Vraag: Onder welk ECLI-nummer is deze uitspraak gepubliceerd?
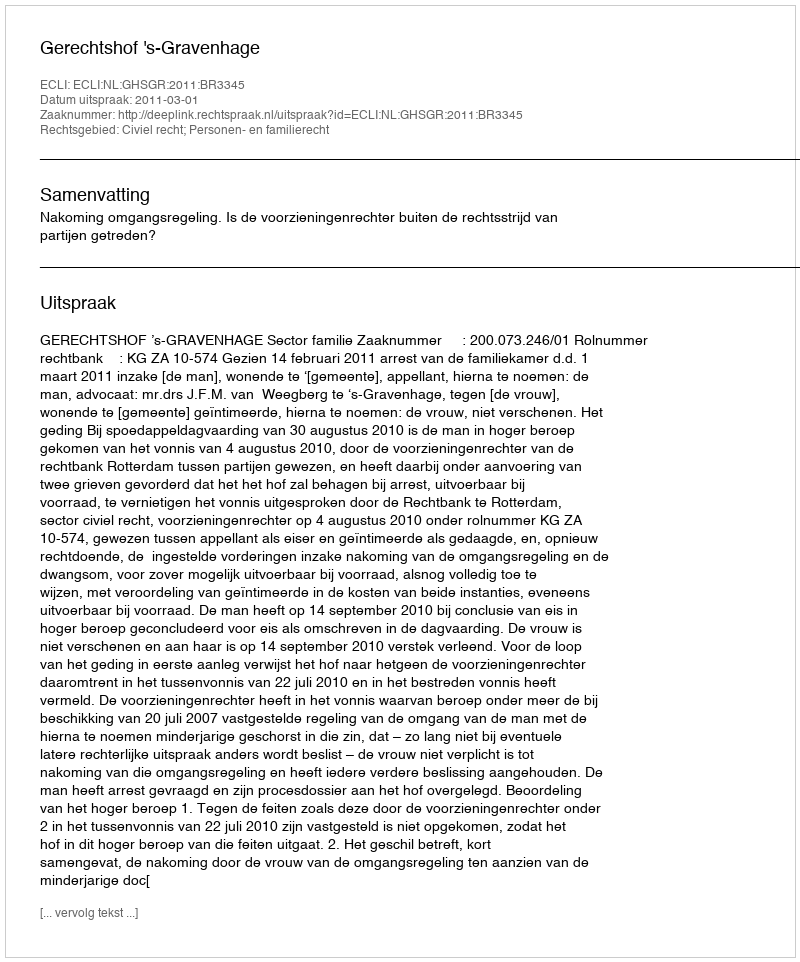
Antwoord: ECLI:NL:GHSGR:2011:BR3345